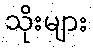
သိုးများ